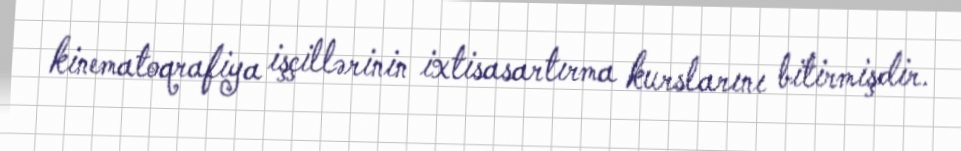
kinematoqrafiya işçillərinin ixtisasartırma kurslarını bitirmişdir.